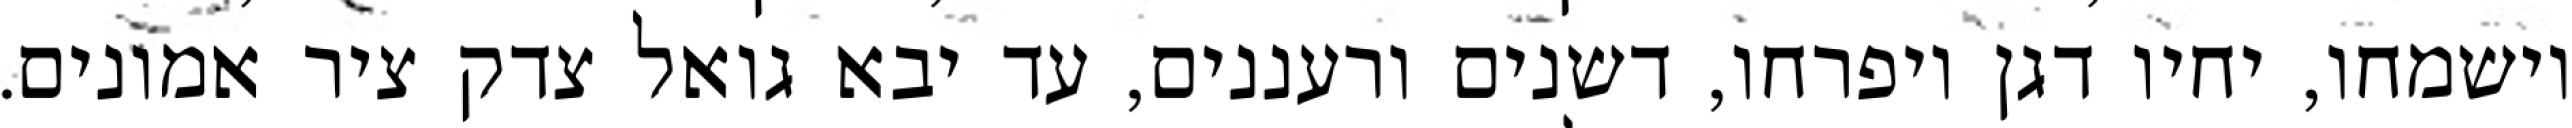
וישמחו, יחיו דגן ויפרחו, דשנים ורעננים, עד יבא גואל צדק ציר אמונים.